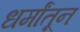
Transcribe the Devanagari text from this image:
धर्मांतून